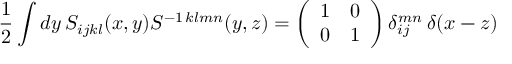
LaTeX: \frac { 1 } { 2 } \int d y \, S _ { i j k l } ( x , y ) S ^ { - 1 \, k l m n } ( y , z ) = \left( \begin{array} { c c } { { 1 } } & { { 0 } } \\ { { 0 } } & { { 1 } } \end{array} \right) \delta _ { i j } ^ { m n } \, \delta ( x - z )